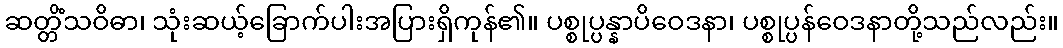
ဆတ္တိံသဝိဓာ၊ သုံးဆယ့်ခြောက်ပါးအပြားရှိကုန်၏။ ပစ္စုပ္ပန္နာပိဝေဒနာ၊ ပစ္စုပ္ပန်ဝေဒနာတို့သည်လည်း။